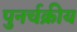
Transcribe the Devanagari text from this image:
पुनर्चक्रीय